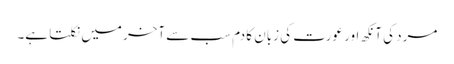
مرد کی آنکھ اور عورت کی زبان کا دم سب سے آخر میں نکلتا ہے۔